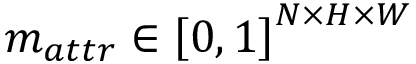
m _ { a t t r } \in \left[ 0 , 1 \right] ^ { N \times H \times W }